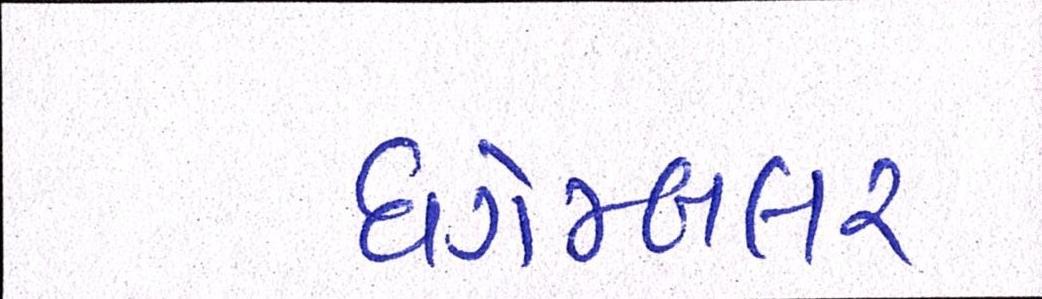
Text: ધગેમ્બલર